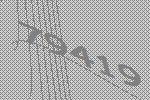
79419